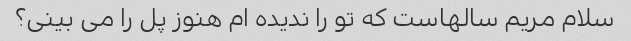
سلام مریم سالهاست که تو را ندیده ام هنوز پل را می بینی؟